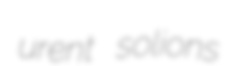
urent solions